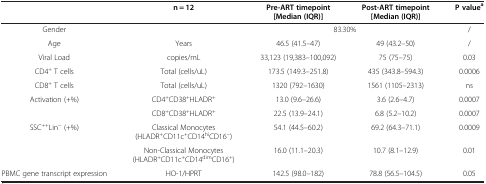
<table><thead><tr><td><b> </b></td><td><b>n = 12</b></td><td><b>Pre-ART timepoint [Median (IQR)]</b></td><td><b>Post-ART timepoint [Median (IQR)]</b></td><td><b>P value<sup>a</sup></b></td></tr></thead><tbody><tr><td>Gender</td><td> </td><td colspan="2">83.30%</td><td>/</td></tr><tr><td>Age</td><td>Years</td><td>46.5 (41.5–47)</td><td>49 (43.2–50)</td><td>/</td></tr><tr><td>Viral Load</td><td>copies/mL</td><td>33,123 (19,383–100,092)</td><td>75 (75–75)</td><td>0.03</td></tr><tr><td>CD4<sup>+</sup> T cells</td><td>Total (cells/uL)</td><td>173.5 (149.3–251.8)</td><td>435 (343.8–594.3)</td><td>0.0006</td></tr><tr><td>CD8<sup>+</sup> T cells</td><td>Total (cells/uL)</td><td>1320 (792–1630)</td><td>1561 (1105–2313)</td><td>ns</td></tr><tr><td>Activation (+%)</td><td>CD4<sup>+</sup>CD38<sup>+</sup>HLADR<sup>+</sup></td><td>13.0 (9.6–26.6)</td><td>3.6 (2.6–4.7)</td><td>0.0007</td></tr><tr><td> </td><td>CD8<sup>+</sup>CD38<sup>+</sup>HLADR<sup>+</sup></td><td>22.5 (13.9–24.1)</td><td>6.8 (5.2–10.2)</td><td>0.0007</td></tr><tr><td>SSC<sup>++</sup>Lin<sup>-</sup> (+%)</td><td>Classical Monocytes (HLADR<sup>+</sup>CD11c<sup>+</sup>CD14<sup>hi</sup>CD16<sup>-</sup>)</td><td>54.1 (44.5–60.2)</td><td>69.2 (64.3–71.1)</td><td>0.0009</td></tr><tr><td> </td><td>Non-Classical Monocytes (HLADR<sup>+</sup>CD11c<sup>+</sup>CD14<sup>dim</sup>CD16<sup>+</sup>)</td><td>16.0 (11.1–20.3)</td><td>10.7 (8.1–12.9)</td><td>0.01</td></tr><tr><td>PBMC gene transcript expression</td><td>HO-1/HPRT</td><td>142.5 (98.0–182)</td><td>78.8 (56.5–104.5)</td><td>0.05</td></tr></tbody></table>